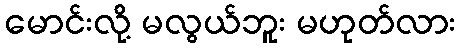
မောင်းလို့ မလွယ်ဘူး မဟုတ်လား